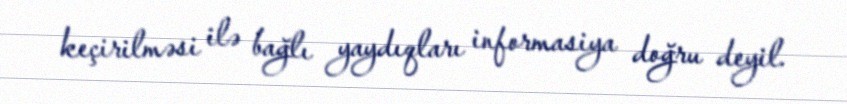
keçirilməsi ilə bağlı yaydıqları informasiya doğru deyil.